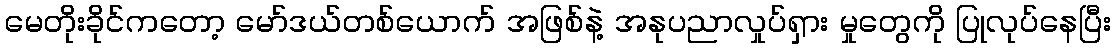
မေတိုးခိုင်ကတော့ မော်ဒယ်တစ်ယောက် အဖြစ်နဲ့ အနုပညာလှုပ်ရှား မှုတွေကို ပြုလုပ်နေပြီး